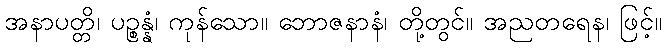
အနာပတ္တိ၊ ပဉ္စန္နံ၊ ကုန်သော။ ဘောဇနာနံ၊ တို့တွင်။ အညတရေန၊ ဖြင့်။